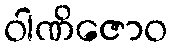
ဝါဏိဇောဝ